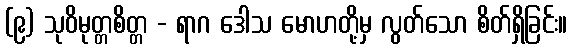
(၉) သုဝိမုတ္တစိတ္တ - ရာဂ ဒေါသ မောဟတို့မှ လွတ်သော စိတ်ရှိခြင်း။